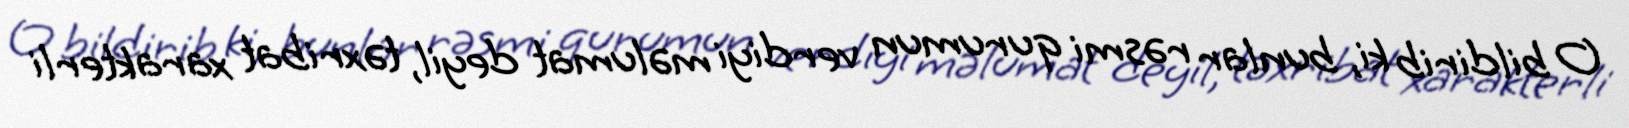
O bildirib ki, bunlar rəsmi qurumun verdiyi məlumat deyil, təxribat xarakterli